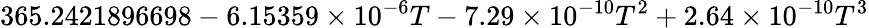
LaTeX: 365.2421896698-6.15359\times 10^{-6}T-7.29\times 10^{-10}T^{2}+2.64\times 10^{-10}T^{3}